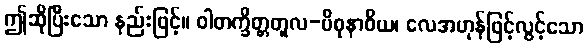
ဤဆိုပြီးသော နည်းဖြင့်။ ဝါတက္ခိတ္တတူလ-ပိစုနာဝိယ၊ လေအဟုန်ဖြင့်လွင့်သော